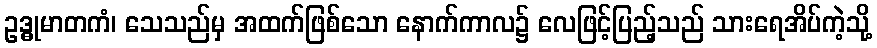
ဥဒ္ဓုမာတကံ၊ သေသည်မှ အထက်ဖြစ်သော နောက်ကာလ၌ လေဖြင့်ပြည့်သည် သားရေအိပ်ကဲ့သို့